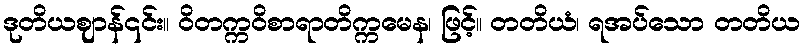
ဒုတိယဈာန်၎င်း။ ဝိတက္ကဝိစာရာတိက္ကမေန၊ ဖြင့်။ တတိယံ၊ ရအပ်သော တတိယ